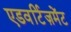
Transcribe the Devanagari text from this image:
एडवर्टिज़मेंट